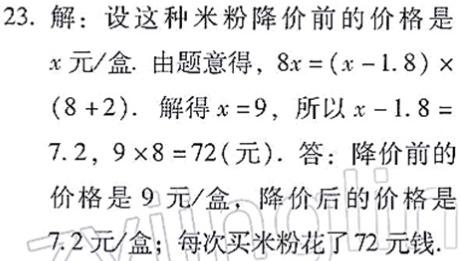
23. 解：设这种米粉降价前的价格是$x$元/盒. 由题意得，$8x=(x - 1.8)\times(8 + 2)$. 解得$x = 9$，所以$x - 1.8 = 7.2$，$9\times8 = 72$(元). 答：降价前的价格是$9$元/盒，降价后的价格是$7.2$元/盒；每次买米粉花了$72$元钱.